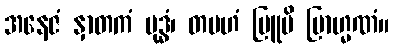
အနေဇံ နှာတကံ ဗုဒ္ဓံ၊ တမဟံ ဗြူမိ ဗြာဟ္မဏံ။